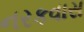
નરકવાસ